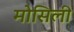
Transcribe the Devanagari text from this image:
मोसिली